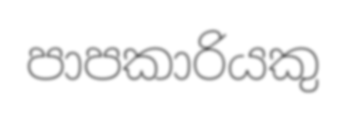
පාපකාරියකු